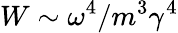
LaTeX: W\sim\omega^{4}/m^{3}\gamma^{4}